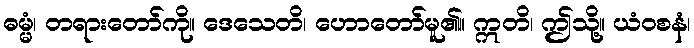
ဓမ္မံ၊ တရားတော်ကို။ ဒေသေတိ၊ ဟောတော်မူ၏။ ဣတိ၊ ဤသို့။ ယံဝစနံ၊